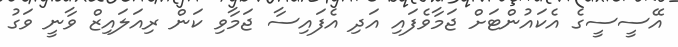
އޭސީސީގެ އެކައުންޓަށް ޖަމާވެފައި އަދި އެފައިސާ ޖަމާވި ކަން ރިއަލައިޒް ވާނީ ވަގު